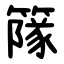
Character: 䉌